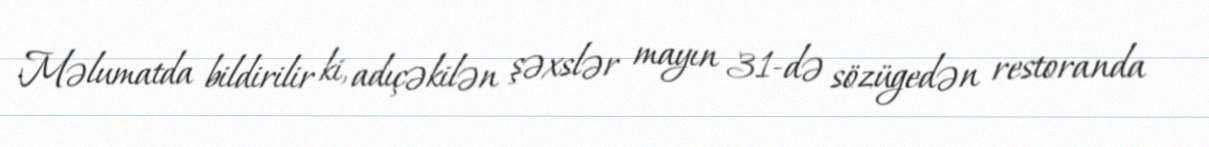
Məlumatda bildirilir ki, adıçəkilən şəxslər mayın 31-də sözügedən restoranda